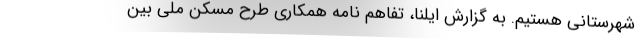
شهرستانی هستیم. به گزارش ایلنا، تفاهم نامه همکاری طرح مسکن ملی بین